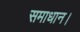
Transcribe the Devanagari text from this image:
समाधान।